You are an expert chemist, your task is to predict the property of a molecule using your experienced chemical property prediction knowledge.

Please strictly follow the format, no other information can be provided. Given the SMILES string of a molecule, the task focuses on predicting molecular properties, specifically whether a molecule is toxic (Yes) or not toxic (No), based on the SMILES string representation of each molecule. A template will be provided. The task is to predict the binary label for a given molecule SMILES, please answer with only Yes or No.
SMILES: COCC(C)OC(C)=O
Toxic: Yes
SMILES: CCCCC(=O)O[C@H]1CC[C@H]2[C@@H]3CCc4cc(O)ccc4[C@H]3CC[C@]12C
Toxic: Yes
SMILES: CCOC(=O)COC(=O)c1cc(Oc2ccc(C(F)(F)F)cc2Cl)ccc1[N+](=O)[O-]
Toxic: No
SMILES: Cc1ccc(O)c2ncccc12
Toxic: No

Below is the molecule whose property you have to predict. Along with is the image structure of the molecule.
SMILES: COc1ccc(-c2cc(C(F)F)nn2-c2ccc(S(N)(=O)=O)cc2)cc1F
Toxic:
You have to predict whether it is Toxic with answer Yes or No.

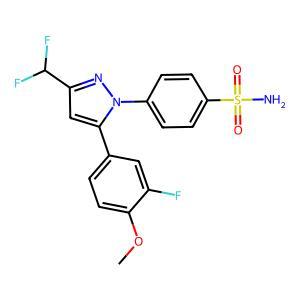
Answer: No